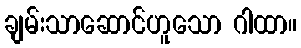
ချမ်းသာဆောင်ဟူသော ဂါထာ။